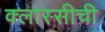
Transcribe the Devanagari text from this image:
क्लास्सीची